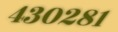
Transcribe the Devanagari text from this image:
४३०२८१